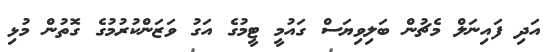
އަދި ފައިނަލް މެޗުން ބަލިވިޔަސް ގައުމީ ޓީމުގެ އަގު ވަޒަންކުރުމުގެ ގޮތުން މުޅި